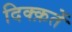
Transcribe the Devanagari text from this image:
दिक्क़तें